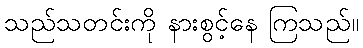
သည်သတင်းကို နားစွင့်နေ ကြသည်။